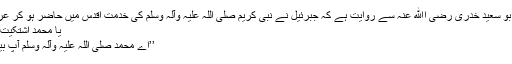
حضرت ابو سعید خدری رضی اﷲ عنہ سے روایت ہے کہ جبرئیل نے نبی کریم صلی اللہ علیہ وآلہ وسلم کی خدمت اقدس میں حاضر ہو کر عرض کی :
يا مُحَمّد اُشتکيتَ، قال نعم.
’’اے محمد صلی اللہ علیہ وآلہ وسلم آپ بیمار ہیں ؟